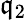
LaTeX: \mathfrak{q}_{2}